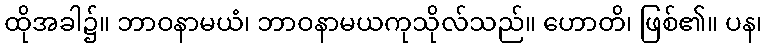
ထိုအခါ၌။ ဘာဝနာမယံ၊ ဘာဝနာမယကုသိုလ်သည်။ ဟောတိ၊ ဖြစ်၏။ ပန၊